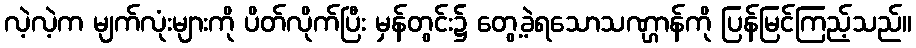
လဲ့လဲ့က မျက်လုံးများကို ပိတ်လိုက်ပြီး မှန်တွင်း၌ တွေ့ခဲ့ရသောသဏ္ဌာန်ကို ပြန်မြင်ကြည့်သည်။